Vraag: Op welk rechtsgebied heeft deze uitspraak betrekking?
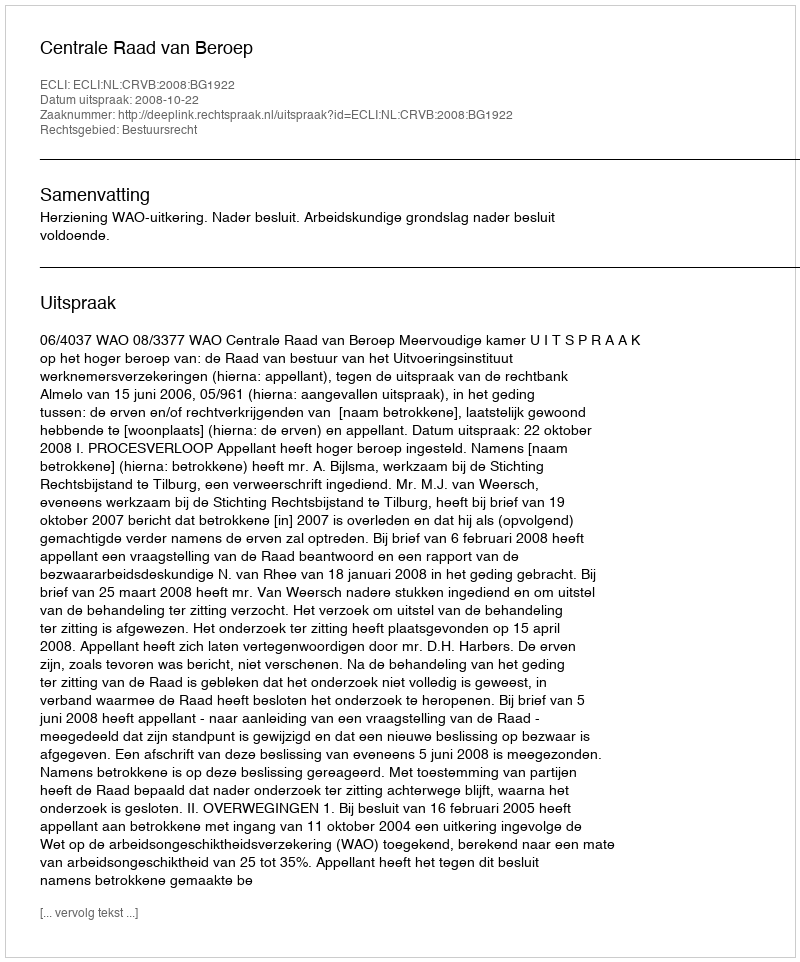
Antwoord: Bestuursrecht